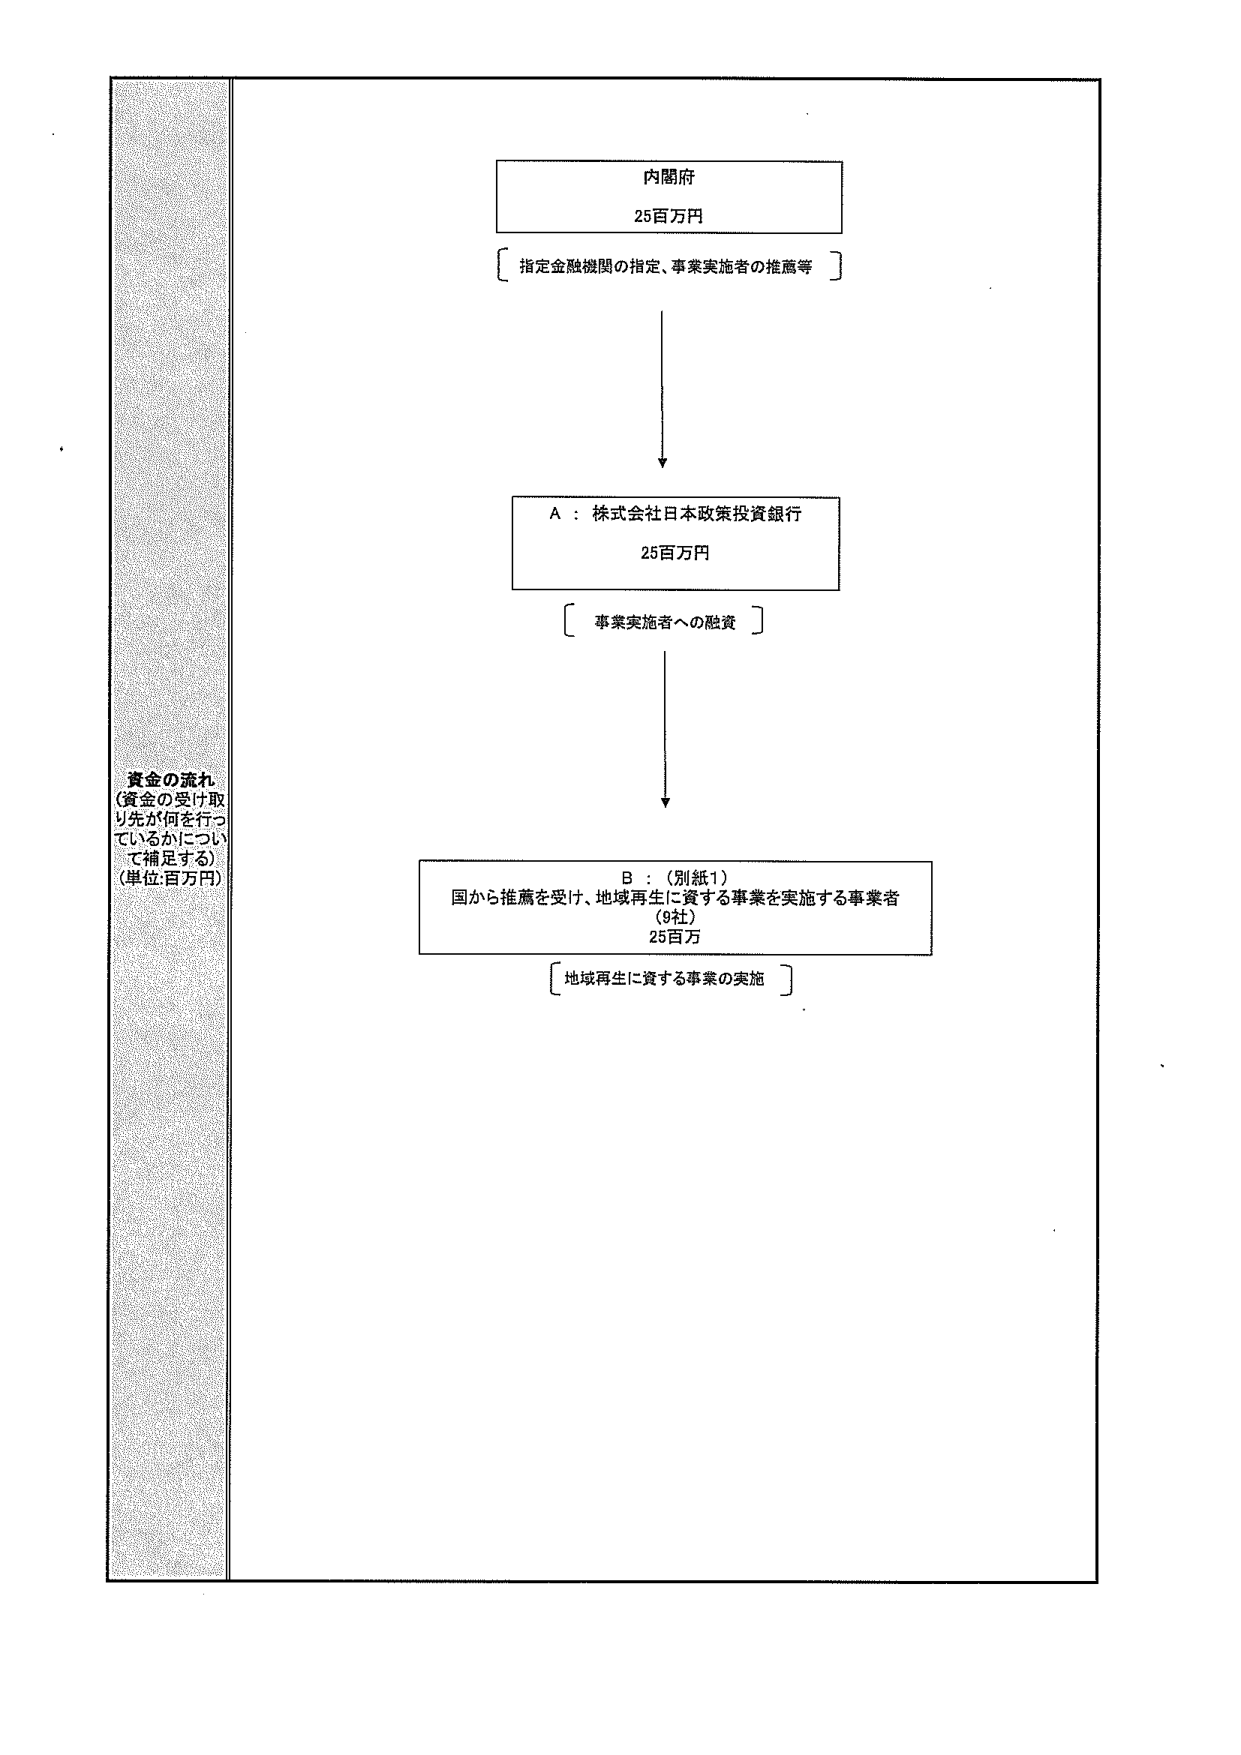
資金の流れ
（資金の受け取り先が何を行っているかについて補足する）
（単位：百万円）

内閣府
25百万円
[ 指定金融機関の指定、事業実施者の推薦等 ]

A：株式会社日本政策投資銀行
25百万円
[ 事業実施者への融資 ]

B：（別紙1）
国から推薦を受け、地域再生に資する事業を実施する事業者
（9社）
25百万
[ 地域再生に資する事業の実施 ]